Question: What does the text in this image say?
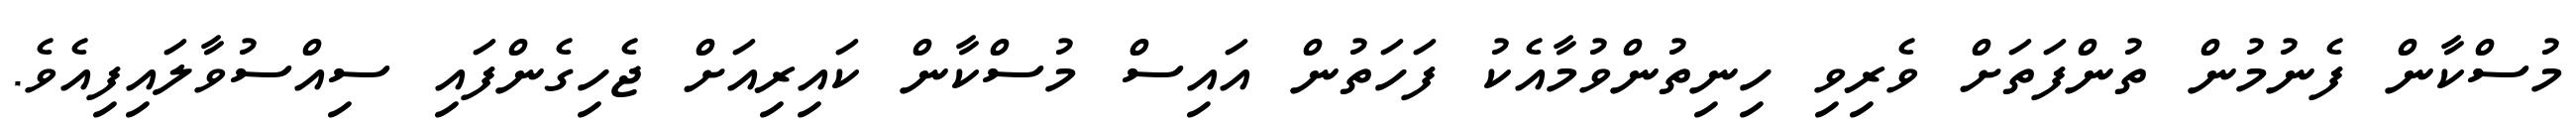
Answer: މުސްކާން ފެނުމުން ތުންފަތަށް ވެރިވި ހިނިތުންވުމާއެކު ފަހަތުން އައިސް މުސްކާން ކައިރިއަށް ޖެހިގެންފައި ސިއްސުވާލައިފިއެވެ.